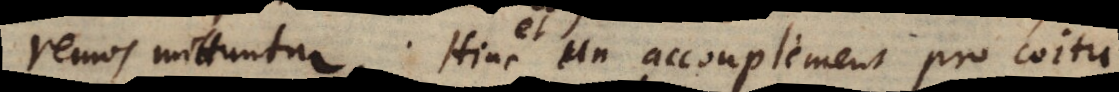
remos mittuntur. Hinc un accouplement pro coitu.